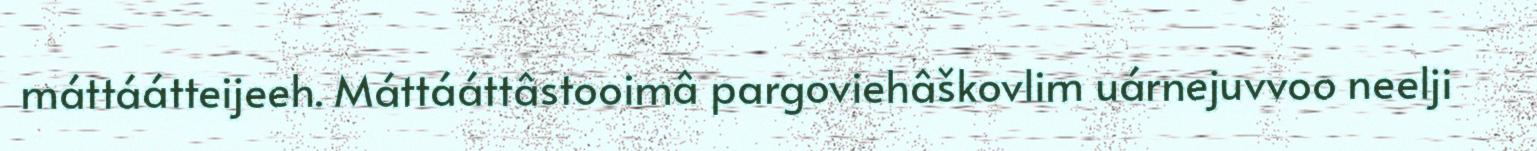
máttáátteijeeh. Máttááttâstooimâ pargoviehâškovlim uárnejuvvoo neelji